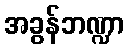
အခွန်ဘဏ္ဍာ